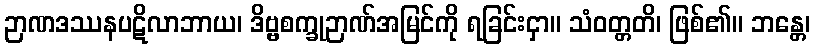
ဉာဏဒဿနပဋိလာဘာယ၊ ဒိဗ္ဗစက္ခုဉာဏ်အမြင်ကို ရခြင်းငှာ။ သံဝတ္တတိ၊ ဖြစ်၏။ ဘန္တေ၊